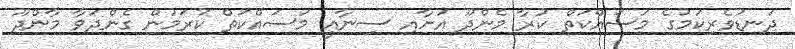
ދަނޑުވެރިކަމުގެ މަސައްކަތް ކުރާ މެންދޫ އަށާއި ސިނާއީ މަސައްކަތް ކުރަމުން ގެންދަވާ މާންދޫ